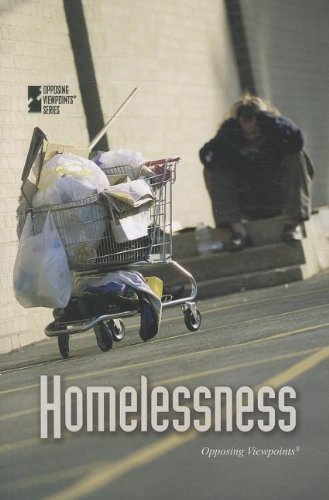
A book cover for Homelessness (Opposing Viewpoints); Tamara Thompson; Teen & Young Adult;